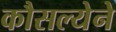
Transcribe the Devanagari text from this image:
कौसल्येने